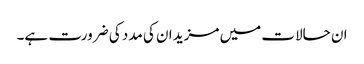
ان حالات میں مزید ان کی مدد کی ضرورت ہے۔